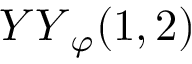
{ Y Y } _ { \varphi } ( 1 , 2 )